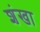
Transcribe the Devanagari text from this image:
शंखा